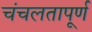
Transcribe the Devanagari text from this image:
चंचलतापूर्ण